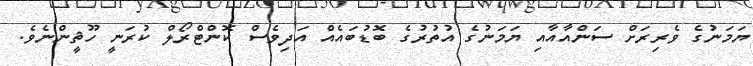
ޔަމަނުގެ ވެރިރަށް ސަންއާއާއި ޔަމަނުގެ އުތުރުގެ ބޮޑުބައެއް އަދިވެސް ކޮންޓްރޯލް ކުރަނީ ހޫޘީންނެވެ.